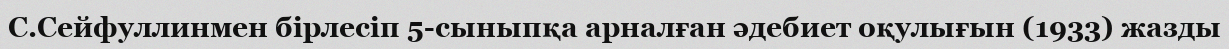
С.Сейфуллинмен бірлесіп 5-сыныпқа арналған әдебиет оқулығын (1933) жазды